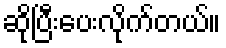
ဆိုပြီးပေးလိုက်တယ်။